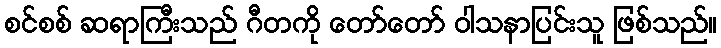
စင်စစ် ဆရာကြီးသည် ဂီတကို တော်တော် ဝါသနာပြင်းသူ ဖြစ်သည်။